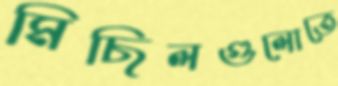
মিছিলগুলোতে